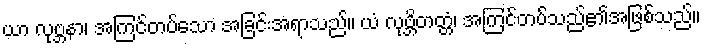
ယာ လုဗ္ဘနာ၊ အကြင်တပ်သော အခြင်းအရာသည်။ ယံ လုဗ္ဘိတတ္တံ၊ အကြင်တပ်သည်၏အဖြစ်သည်။